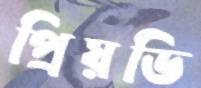
প্রিয়ডি